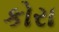
કોરા